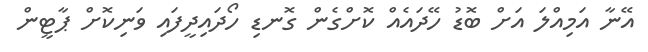
އޭނާ އަމިއްލަ އަށް ބޮޑު ހޭދައެއް ކޮށްގެން ގޮނޑި ހޯދައިދީފައި ވަނިކޮށް ޕާޓީން